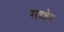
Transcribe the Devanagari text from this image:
ग्लडेन